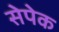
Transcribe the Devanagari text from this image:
सेपेक